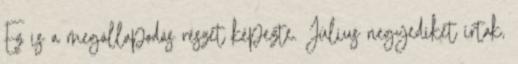
Ez is a megállapodás részét képezte. Július negyedikét írtak,